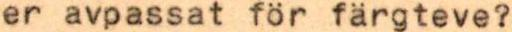
er avpassat för färgteve?